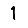
Digit: 1